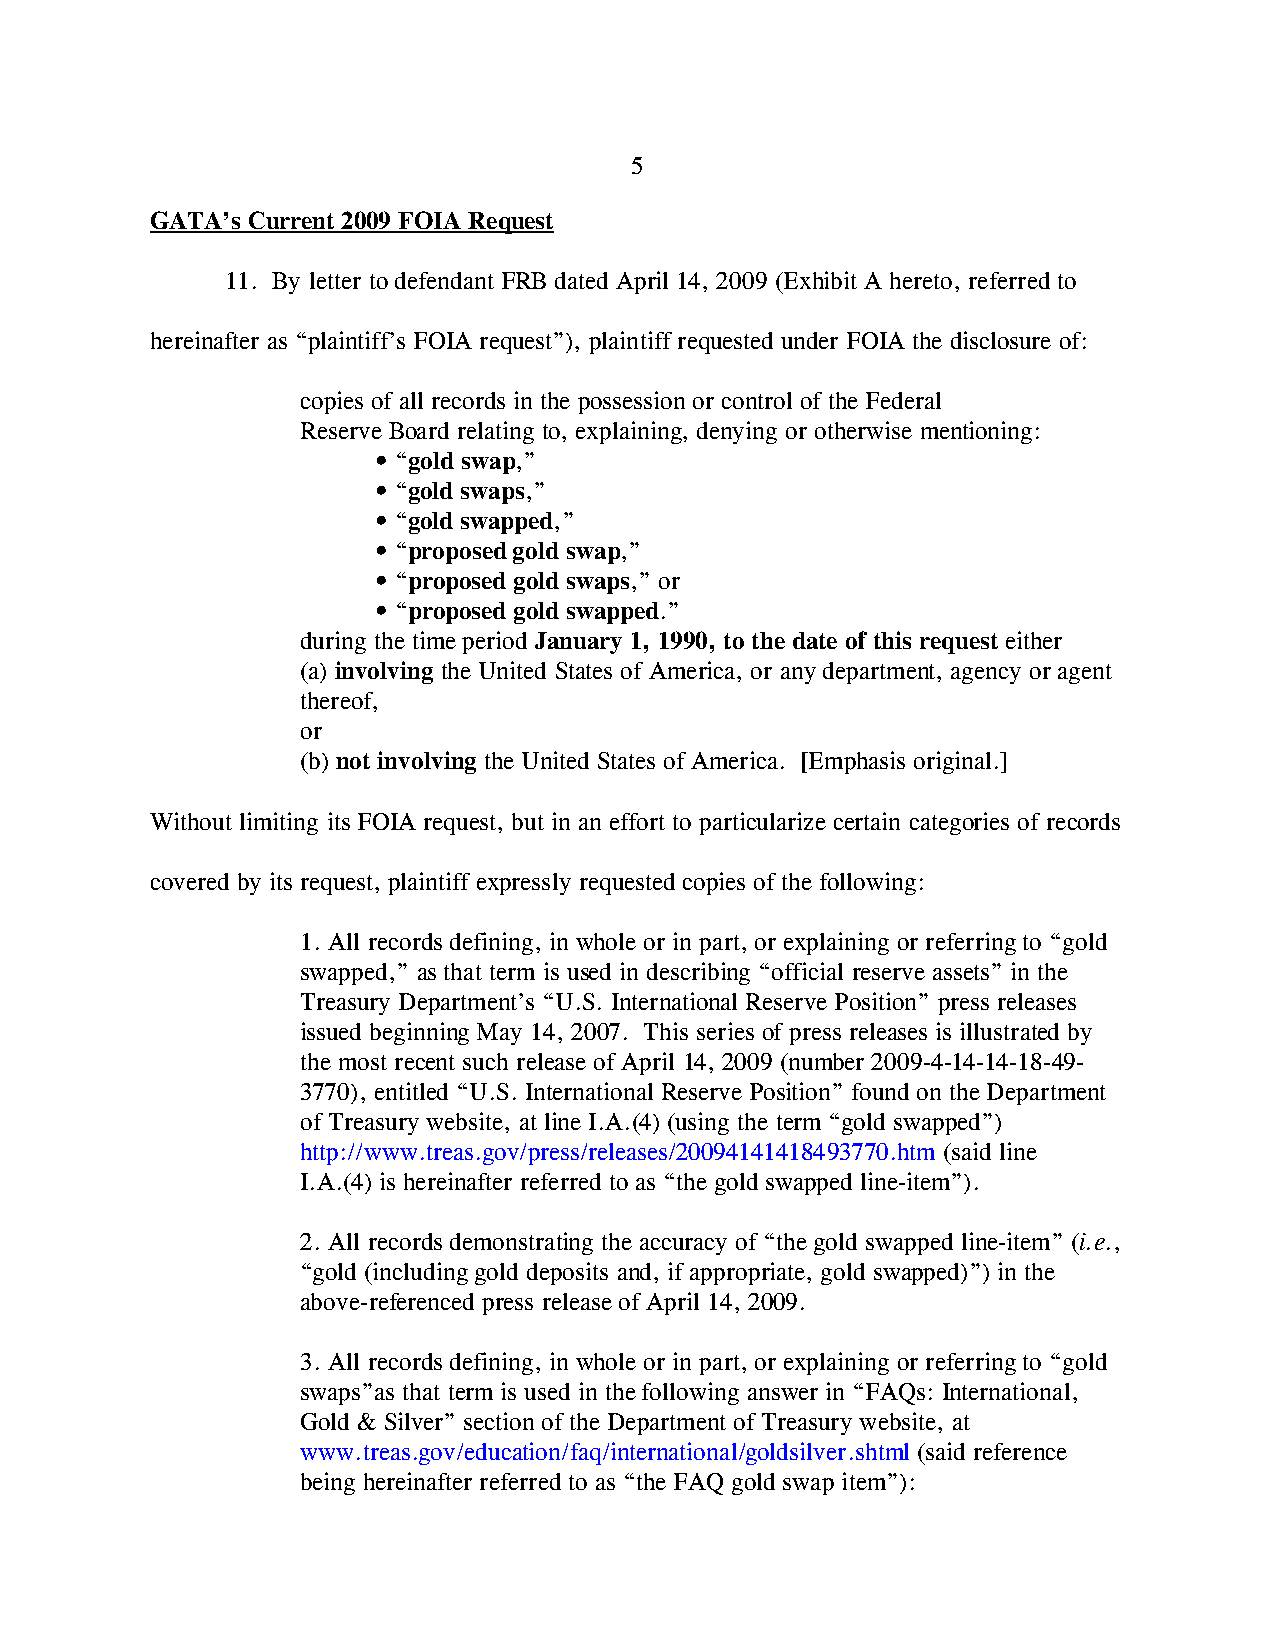
5
 GATA’s Current 2009 FOIA Request
 11. By letter to defendant FRB dated April 14, 2009 (Exhibit A hereto, referred to
 hereinafter as “plaintiff’s FOIA request”), plaintiff requested under FOIA the disclosure of:
 copies of all records in the possession or control of the Federal
 Reserve Board relating to, explaining, denying or otherwise mentioning:
 • “gold swap,”
 • “gold swaps,”
 • “gold swapped,”
 • “proposed gold swap,”
 • “proposed gold swaps,” or
 • “proposed gold swapped.”
 during the time period January 1, 1990, to the date of this request either
 (a) involving the United States of America, or any department, agency or agent
 thereof,
 or
 (b) not involving the United States of America. [Emphasis original.]
 Without limiting its FOIA request, but in an effort to particularize certain categories of records
 covered by its request, plaintiff expressly requested copies of the following:
 1. All records defining, in whole or in part, or explaining or referring to “gold
 swapped,” as that term is used in describing “official reserve assets” in the
 Treasury Department’s “U.S. International Reserve Position” press releases
 issued beginning May 14, 2007. This series of press releases is illustrated by
 the most recent such release of April 14, 2009 (number 2009-4-14-14-18-49-
 3770), entitled “U.S. International Reserve Position” found on the Department
 of Treasury website, at line I.A.(4) (using the term “gold swapped”)
 http://www.treas.gov/press/releases/20094141418493770.htm (said line
 I.A.(4) is hereinafter referred to as “the gold swapped line-item”).
 2. All records demonstrating the accuracy of “the gold swapped line-item” (i.e.,
 “gold (including gold deposits and, if appropriate, gold swapped)”) in the
 above-referenced press release of April 14, 2009.
 3. All records defining, in whole or in part, or explaining or referring to “gold
 swaps”as that term is used in the following answer in “FAQs: International,
 Gold & Silver” section of the Department of Treasury website, at
 www.treas.gov/education/faq/international/goldsilver.shtml (said reference
 being hereinafter referred to as “the FAQ gold swap item”):